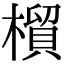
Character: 橮